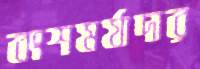
বংশমর্যাদার